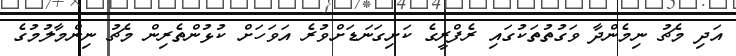
އަދި މެޗު ނިމެންދާ ވަގުތުތަކުގައި ރެފްރީގެ ކަށިގަނަޑަށްވުރެ އަވަހަށް ކުޅުންތެރިން މެޗު ނިންމާލުމުގެ